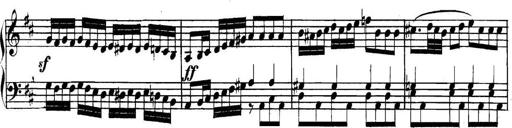
Title: Collected Piano Sonatas
Composer: Muzio Clementi